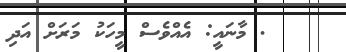
. މާނައީ: އެއްވެސް މީހަކު މަރަށް އަދި